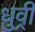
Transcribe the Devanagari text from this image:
धुव्री